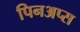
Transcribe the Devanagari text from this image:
पिनअप्स